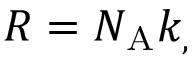
R = N _ { \mathrm { { A } } } k _ { , }